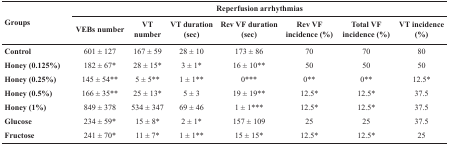
| <ROWSPAN=2> Groups | <COLSPAN=8> Reperfusion arrhythmias |
 | VEBs number | <COLSPAN=2> VT number | VT duration (sec) | Rev VF duration (sec) | Rev VF incidence (%) | Total VF incidence (%) | VT incidence (%) |
 | --- | --- | --- | --- | --- | --- | --- | --- | --- |
 | Control | 601 ± 127 | 167 ± 59 | <COLSPAN=2> 28 ± 10 | 173 ± 86 | 70 | 70 | 80 |
 | Honey (0.125%) | 182 ± 67* | 28 ± 15* | <COLSPAN=2> 3 ± 1* | 16 ± 10** | 50 | 50 | 50 |
 | Honey (0.25%) | 145 ± 54** | 5 ± 5** | <COLSPAN=2> 1 ± 1** | 0*** | 0** | 0** | 12.5* |
 | Honey (0.5%) | 166 ± 35** | 25 ± 13* | <COLSPAN=2> 5 ± 3 | 19 ± 19** | 12.5* | 12.5* | 37.5 |
 | Honey (1%) | 849 ± 378 | 534 ± 347 | <COLSPAN=2> 69 ± 46 | 1 ± 1*** | 12.5* | 12.5* | 37.5 |
 | Glucose | 234 ± 59* | 15 ± 8* | <COLSPAN=2> 2 ± 1* | 157 ± 109 | 25 | 25 | 37.5 |
 | Fructose | 241 ± 70* | 11 ± 7* | <COLSPAN=2> 1 ± 1** | 15 ± 15* | 12.5* | 12.5* | 25 |